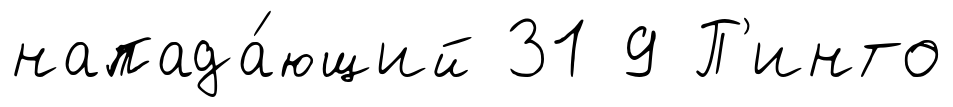
напада́ющий 31 9 П'инто